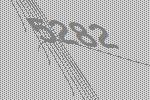
5282